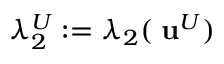
\lambda _ { 2 } ^ { U } : = \lambda _ { 2 } ( { \mathbf \nabla } { \bf u } ^ { U } )